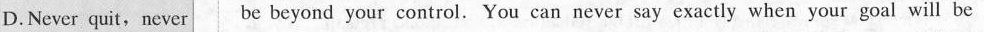
D.Never quit,never be beyond your control. You can never say exactly when your goal will be